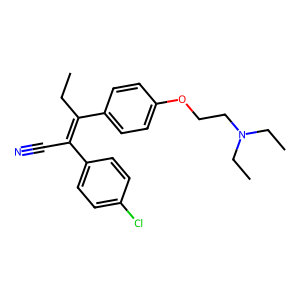
SMILES: CCC(=C(C#N)c1ccc(Cl)cc1)c1ccc(OCCN(CC)CC)cc1
Inhibits HIV replication: No